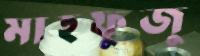
মাহফুজু